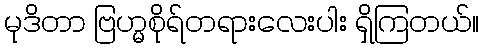
မုဒိတာ ဗြဟ္မစိုရ်တရားလေးပါး ရှိကြတယ်။